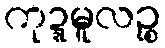
ကုဍ္ဍမူလဉ္စ